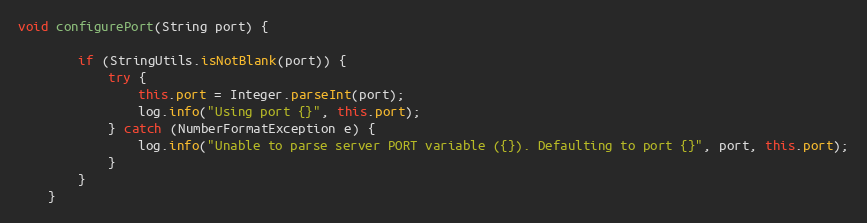
Language: Java
void configurePort(String port) {

        if (StringUtils.isNotBlank(port)) {
            try {
                this.port = Integer.parseInt(port);
                log.info("Using port {}", this.port);
            } catch (NumberFormatException e) {
                log.info("Unable to parse server PORT variable ({}). Defaulting to port {}", port, this.port);
            }
        }
    }